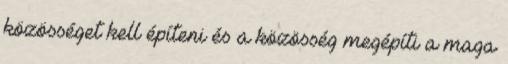
közösséget kell építeni és a közösség megépíti a maga